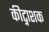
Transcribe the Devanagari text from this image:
कीट्नाशक